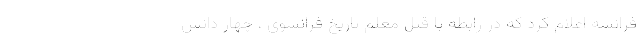
فرانسه اعلام کرد که در رابطه با قتل معلم تاریخ فرانسوی ، چهار دانش